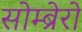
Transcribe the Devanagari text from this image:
सोम्ब्रेरो